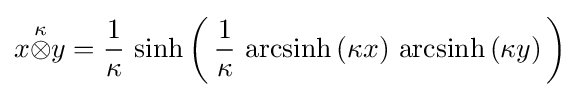
x{\stackrel {\kappa }{\otimes }}y={1 \over \kappa }\,\sinh \left(\,{1 \over \kappa }\,\,{\rm {arcsinh}}\,(\kappa x)\,\,{\rm {arcsinh}}\,(\kappa y)\,\right)